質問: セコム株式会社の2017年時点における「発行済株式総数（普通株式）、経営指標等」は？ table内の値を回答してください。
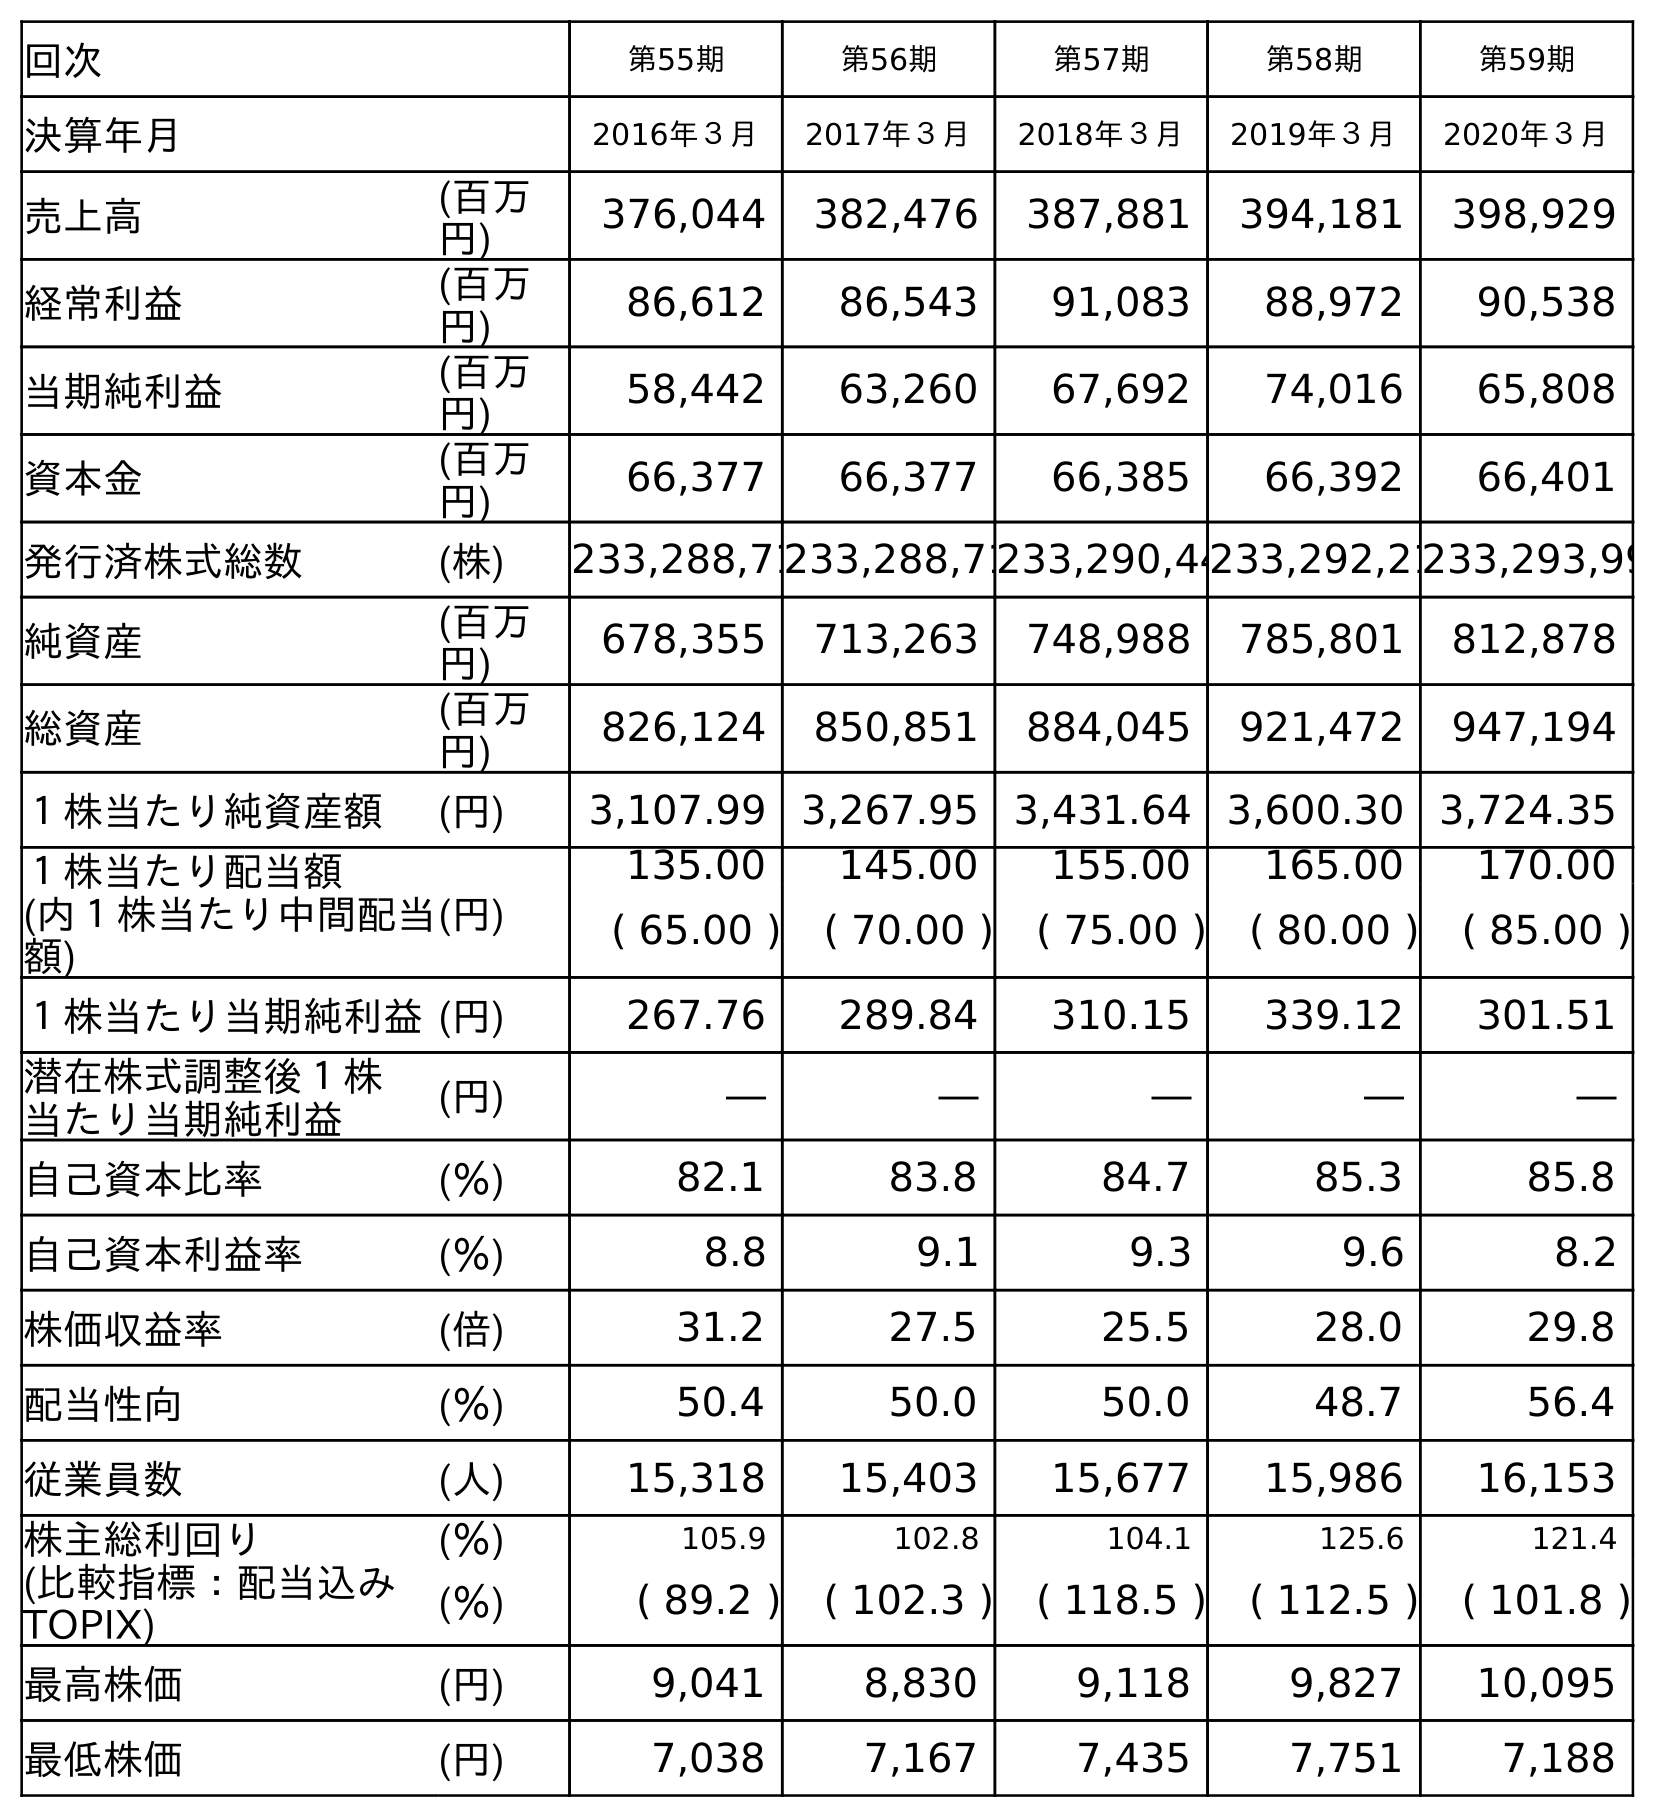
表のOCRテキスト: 回次 第55期 第56期 第57期 第58期 第59期 決算年月 2016年３月 2017年３月 2018年３月 2019年３月 2020年３月 売上高 (百万 円) 376,044 382,476 387,881 394,181 398,929 経常利益 (百万 円) 86,612 86,543 91,083 88,972 90,538 当期純利益 (百万 円) 58,442 63,260 67,692 74,016 65,808 資本金 (百万 円) 66,377 66,377 66,385 66,392 66,401 発行済株式総数 (株) 233,288,71233,288,71233,290,44233,292,21233,293,99 純資産 (百万 円) 678,355 713,263 748,988 785,801 812,878 総資産 (百万 円) 826,124 850,851 884,045 921,472 947,194 １株当たり純資産額 (円) 3,107.99 3,267.95 3,431.64 3,600.30 3,724.35 １株当たり配当額 (内１株当たり中間配当 額) (円) 135.00 145.00 155.00 165.00 170.00 ( 65.00 ) ( 70.00 ) ( 75.00 ) ( 80.00 ) ( 85.00 ) １株当たり当期純利益(円) 267.76 289.84 310.15 339.12 301.51 潜在株式調整後１株 当たり当期純利益 (円) ― ― ― ― ― 自己資本比率 (％) 82.1 83.8 84.7 85.3 85.8 自己資本利益率 (％) 8.8 9.1 9.3 9.6 8.2 株価収益率 (倍) 31.2 27.5 25.5 28.0 29.8 配当性向 (％) 50.4 50.0 50.0 48.7 56.4 従業員数 (人) 15,318 15,403 15,677 15,986 16,153 株主総利回り (％) 105.9 102.8 104.1 125.6 121.4 (比較指標：配当込み TOPIX) (％) ( 89.2 ) ( 102.3 ) ( 118.5 ) ( 112.5 ) ( 101.8 ) 最高株価 (円) 9,041 8,830 9,118 9,827 10,095 最低株価 (円) 7,038 7,167 7,435 7,751 7,188
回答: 233,288,717